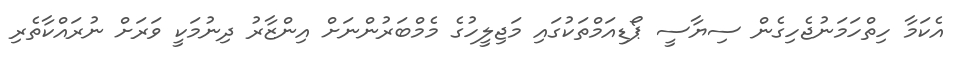
އެކަމާ ހިތްހަމަނުޖެހިގެން ސިޔާސީ ޕޯޑިއަމްތަކުގައި މަޖިލީހުގެ މެމްބަރުންނަށް އިންޒާރު ދިނުމަކީ ވަރަށް ނުރައްކާތެރި